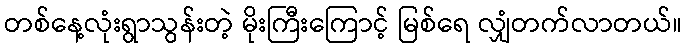
တစ်နေ့လုံးရွာသွန်းတဲ့ မိုးကြီးကြောင့် မြစ်ရေ လျှံတက်လာတယ်။